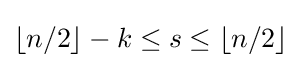
\lfloor n/2\rfloor -k\leq s\leq \lfloor n/2\rfloor